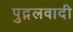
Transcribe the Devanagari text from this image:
पुद्गलवादी